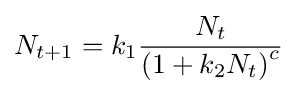
N_{t+1}=k_{1}{\frac {N_{t}}{\left(1+k_{2}N_{t}\right)^{c}}}